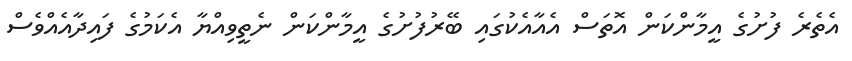
އެތެރެ ފުށުގެ އީމާންކަން އޮތަސް އެއާއެކުގައި ބޭރުފުށުގެ އީމާންކަން ނެތީވިއްޔާ އެކަމުގެ ފައިދާއެއްވެސް